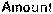
AMOUNT